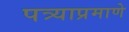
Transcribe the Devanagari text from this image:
पत्र्याप्रमाणे